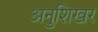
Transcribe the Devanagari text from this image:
अनुशिखर